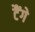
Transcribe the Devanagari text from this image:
टैंगे